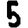
Digit: 5